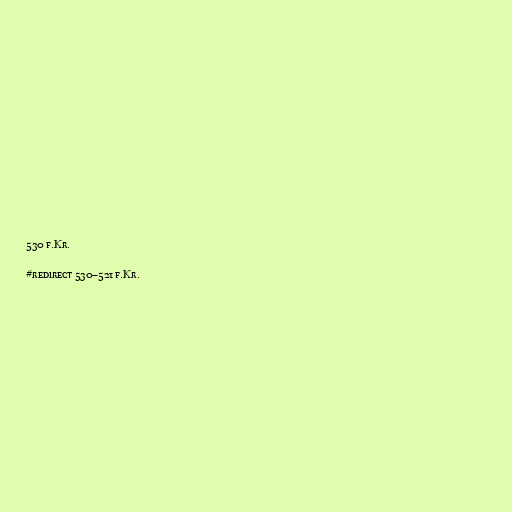
530 f.Kr.

#redirect 530–521 f.Kr.